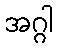
အဂ္ဂါ